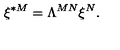
\xi ^ { * M } = \Lambda ^ { M N } \xi ^ { N } .